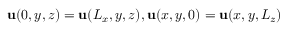
\mathbf { u } ( 0 , y , z ) = \mathbf { u } ( L _ { x } , y , z ) , \mathbf { u } ( x , y , 0 ) = \mathbf { u } ( x , y , L _ { z } )